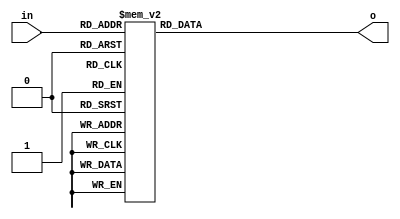
module BCDDecoder(in, o);
  output [6:0] o;
  reg [6:0] out;

  input [3:0] in;
  assign o = out;

  always @(*) begin
    case (in)
      4'b0000: out = 7'b1000000;
      4'b0001: out = 7'b1111001;
      4'b0010: out = 7'b0100100;
      4'b0011: out = 7'b0110000;
      4'b0100: out = 7'b0011001;
      4'b0101: out = 7'b0010010;
      4'b0110: out = 7'b0000010;
      4'b0111: out = 7'b1111000;
      4'b1000: out = 7'b0000000;
      4'b1001: out = 7'b0011000;
      default: out = 7'b1111111;
    endcase
  end
endmodule